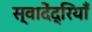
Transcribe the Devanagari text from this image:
स्वादेंद्रियाँ